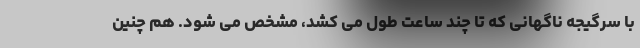
با سرگیجه ناگهانی که تا چند ساعت طول می کشد، مشخص می شود. هم چنین